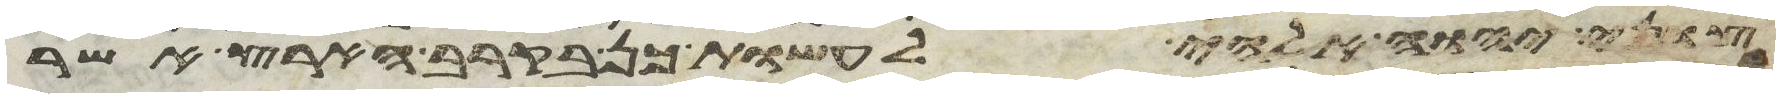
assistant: צוני יהוה אלהי לעשות כן בקרב הארץ אשר